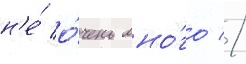
н'е́ о́чень мно́го //